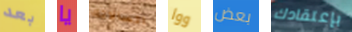
بعد يا اتصالاتك ووا بعض بإعتقادك